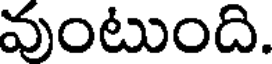
వుంటుంది.